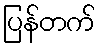
ပြန်တက်